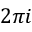
2 \pi i